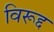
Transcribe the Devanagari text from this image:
विरूद्द